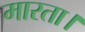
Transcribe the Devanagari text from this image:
मारता।